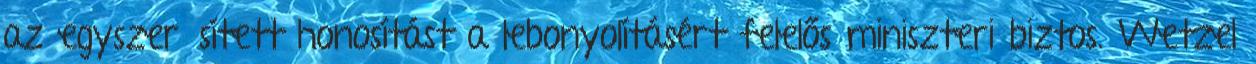
az egyszerűsített honosítást a lebonyolításért felelős miniszteri biztos. Wetzel